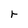
Character: r